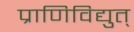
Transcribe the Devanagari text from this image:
प्राणिविद्युत्